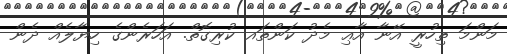
މަންމަ ތިހުރީ އޭނާ އާޢި މެދު ކަންތައ ކުރިގޮތް. އަހަރެންގެ ހިޔާލެއް ދެން